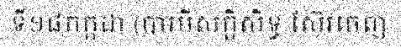
ទី១៨កក្កដា (បារមីសក្តិសិទ្ធ ស៊ែរចេញ